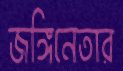
জঙ্গিনেতার